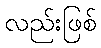
လည်းဖြစ်